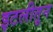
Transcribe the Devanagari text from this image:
इटलीतून